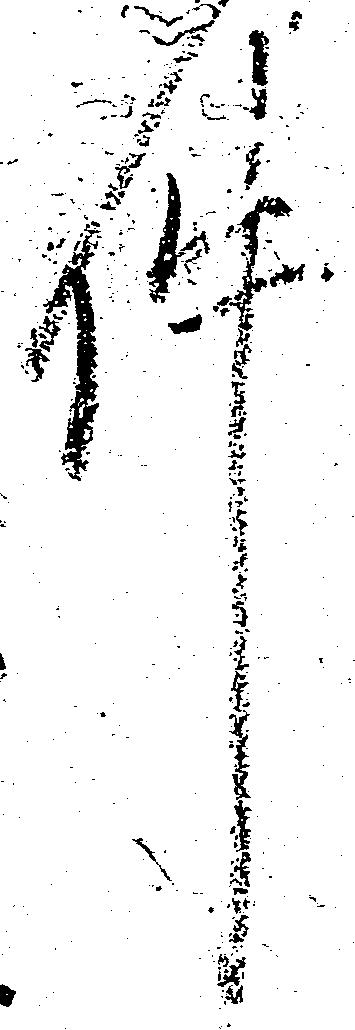
件